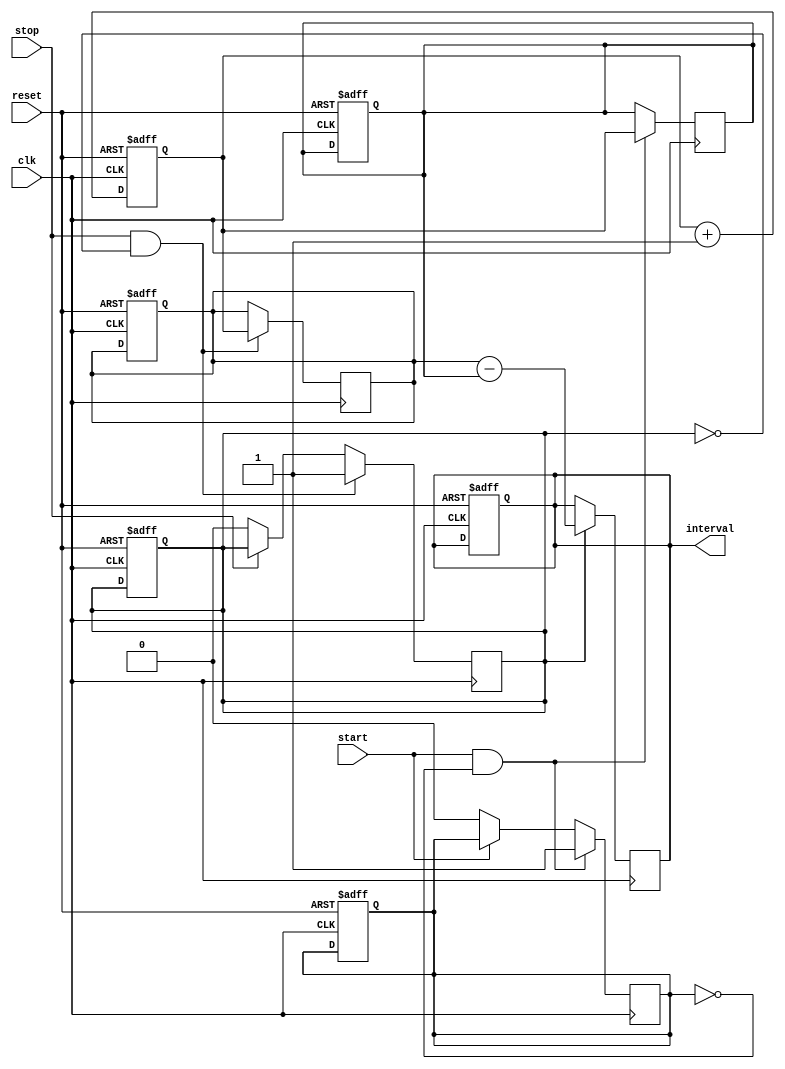
module TDC (
    input wire clk,            // Clock signal
    input wire reset,          // Reset signal
    input wire start,          // Start event signal
    input wire stop,           // Stop event signal
    output reg [7:0] interval  // Output interval in clock cycles
);

    reg [7:0] counter;         // 8-bit counter for clock cycles
    reg [7:0] start_time;      // Latch for start time
    reg [7:0] stop_time;       // Latch for stop time
    reg start_latched;         // Flag to indicate start time is latched
    reg stop_latched;          // Flag to indicate stop time is latched

    // Counter increment logic
    always @(posedge clk or posedge reset) begin
        if (reset) begin
            counter <= 8'b0;    // Reset counter
            start_time <= 8'b0; // Reset start time latch
            stop_time <= 8'b0;  // Reset stop time latch
            interval <= 8'b0;    // Reset interval output
            start_latched <= 1'b0; // Reset start latch flag
            stop_latched <= 1'b0;  // Reset stop latch flag
        end else begin
            counter <= counter + 1; // Increment counter
        end
    end

    // Start event detection and latching
    always @(posedge clk) begin
        if (start && !start_latched) begin
            start_time <= counter; // Latch start time
            start_latched <= 1'b1;  // Set start latch flag
        end else if (!start) begin
            start_latched <= 1'b0;    // Reset start latch flag when start signal goes low
        end
    end

    // Stop event detection and latching
    always @(posedge clk) begin
        if (stop && !stop_latched) begin
            stop_time <= counter; // Latch stop time
            stop_latched <= 1'b1;  // Set stop latch flag
        end else if (!stop) begin
            stop_latched <= 1'b0;    // Reset stop latch flag when stop signal goes low
        end
    end

    // Calculate interval after stop event
    always @(posedge clk) begin
        if (stop_latched) begin
            interval <= stop_time - start_time; // Calculate time interval
        end
    end

endmodule